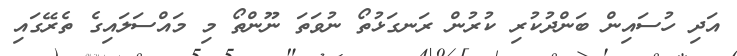
އަދި ހުސައިން ބަންދުކުރި ކުރުން ރަނގަޅުތޯ ނުވަތަ ނޫންތޯ މި މައްސަލައިގެ ތެރޭގައި